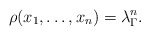
\begin{align*} \rho(x_1,\dots,x_n) = \lambda^n_\Gamma.\end{align*}